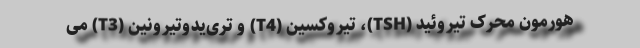
هورمون محرک تیروئید (TSH)، تیروکسین (T4) و تری‌یدوتیرونین (T3) می